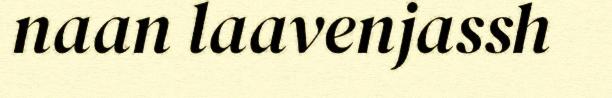
naan laavenjassh